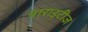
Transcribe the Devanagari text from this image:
बाराइटीज